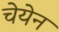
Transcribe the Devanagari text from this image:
चेयेन